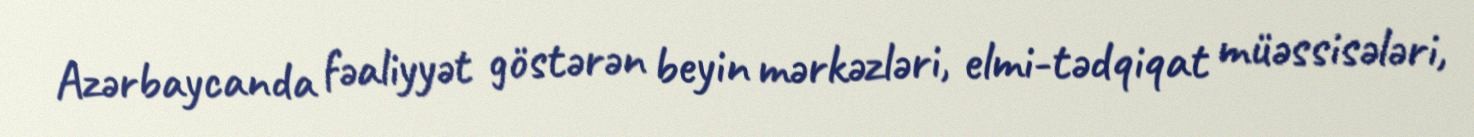
Azərbaycanda fəaliyyət göstərən beyin mərkəzləri, elmi-tədqiqat müəssisələri,